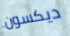
ديكسون